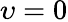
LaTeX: \upsilon=0